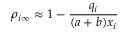
\rho _ { i \infty } \approx 1 - \frac { q _ { i } } { ( a + b ) x _ { i } }